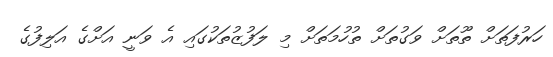
ހަރުފަތަށް ތޫތަށް ވަގުތަށް ތުހުމަތަށް މި ލަފުޒުތަކުގައި އެ ވަނީ އަށްގެ އަލިފުގެ